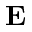
\mathbf { E }